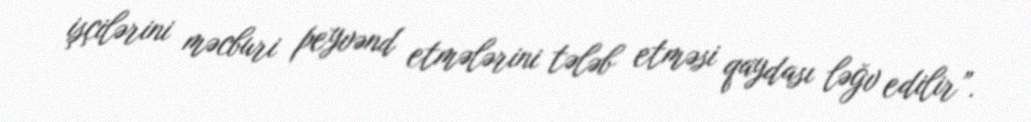
işçilərini məcburi peyvənd etmələrini tələb etməsi qaydası ləğv edilir”.